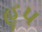
હૂપ